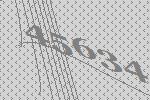
45634